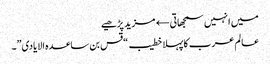
میں انہیں سمجھاتی← مزید پڑھیے
عالم عرب کا پہلا خطیب “قس بن ساعدہ الایادی”۔